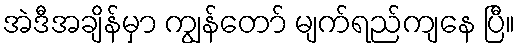
အဲဒီအချိန်မှာ ကျွန်တော် မျက်ရည်ကျနေ ပြီ။